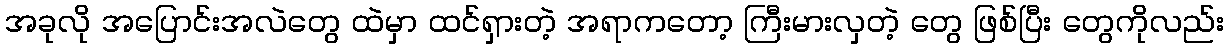
အခုလို အပြောင်းအလဲတွေ ထဲမှာ ထင်ရှားတဲ့ အရာကတော့ ကြီးမားလှတဲ့ တွေ ဖြစ်ပြီး တွေကိုလည်း